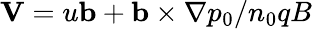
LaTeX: \mathbf{V}=u\mathbf{b}+\mathbf{b}\times\nabla p_{0}/n_{0}qB